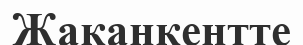
Жақанкентте